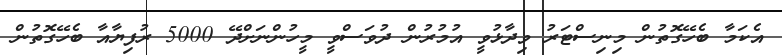
އެކަމާ ބެހޭގޮތުން މިނިސްޓަރު ވިދާޅުވީ އުމުރުން ދުވަސްވީ މީހުންނަށްދޭ 5000 ރުފިޔާއާ ބެހޭގޮތުން